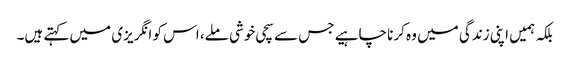
بلکہ ہمیں اپنی زندگی میں وہ کرنا چاہیے جس سے سچی خوشی ملے، اس کو انگریزی میں کہتے ہیں۔